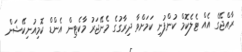
ރާއްޖޭގެ އެއް ޓެލެކޮމް ކުންފުނި ކަމަށްވާ ދިރާގުގެ މެނޭޖަރު މާކެޓިން އެންޑް ކޮމިއުނިކޭޝަން